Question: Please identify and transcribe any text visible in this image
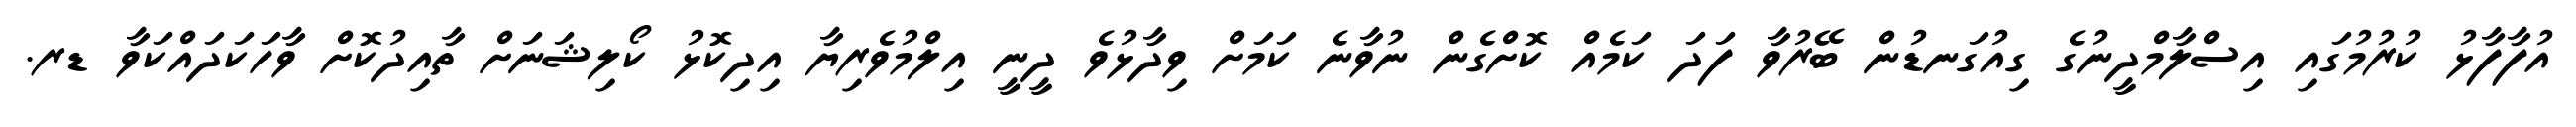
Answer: އުފާފާޅު ކުރުމުގައި އިސްލާމްދީނުގެ ގިއުގަނޑުން ބޭރުވާ ފަދަ ކަމެއް ކޮށްގެން ނުވާނެ ކަމަށް ވިދާޅުވެ ދީނީ އިލްމުވެރިޔާ އިދިކޮޅު ކޯލިޝަނަށް ތާއިދުކޮށް ވާހަކަދައްކަވާ ޑރ.